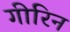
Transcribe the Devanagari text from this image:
गीरिन